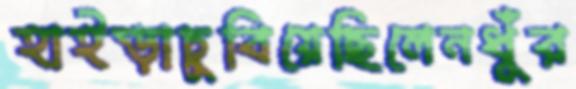
হাইড়াচুবিয়েছিলেনধুঁর